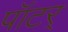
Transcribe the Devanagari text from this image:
पॉटर्